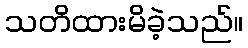
သတိထားမိခဲ့သည်။